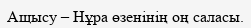
Ащысу – Нұра өзенінің оң саласы.